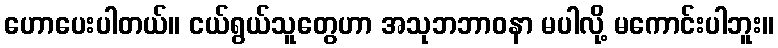
ဟောပေးပါတယ်။ ငယ်ရွယ်သူတွေဟာ အသုဘဘာဝနာ မပါလို့ မကောင်းပါဘူး။